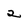
Character: 2